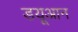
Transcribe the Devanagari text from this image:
डयूआन